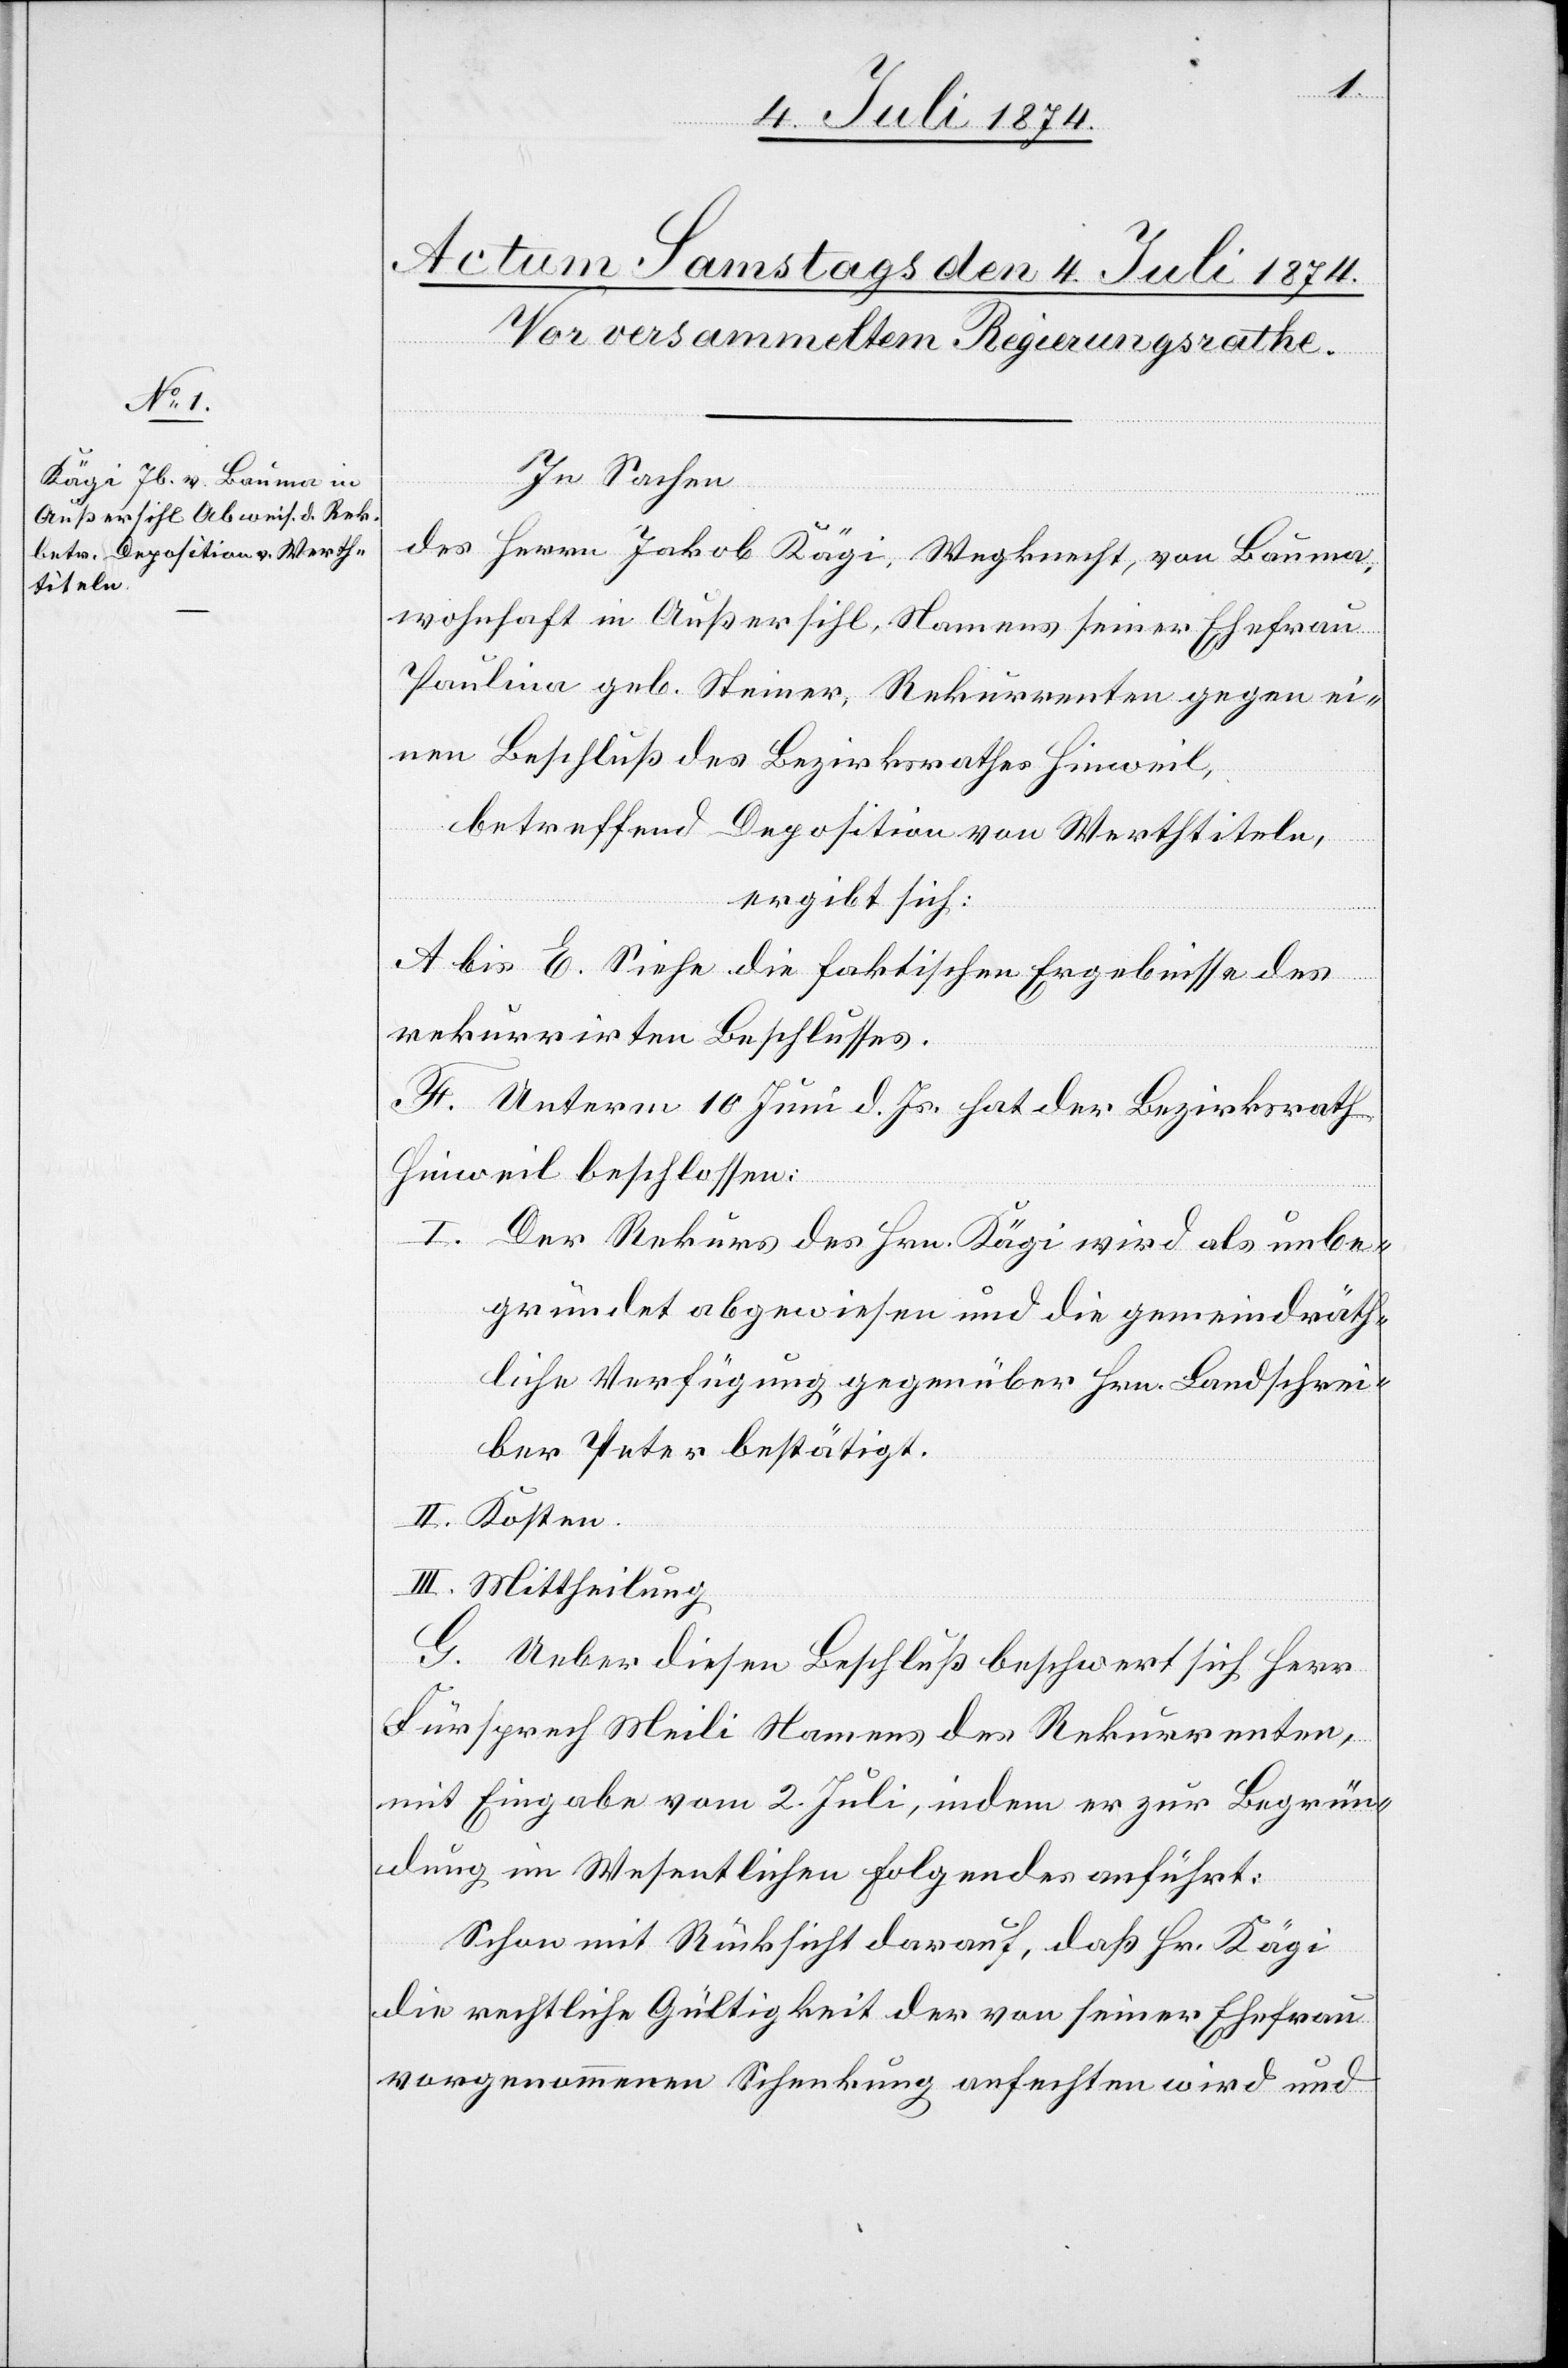
In Sachen
des Herrn Jakob Kägi, Wegknecht, von Bauma,
wohnhaft in Außersihl, Namens seiner Ehefrau
Paulina geb. Steiner, Rekurrenten gegen ei¬
nen Beschluß des Bezirksrathes Hinweil,
betreffend Deposition von Werthtiteln,
ergibt sich:
A. bis E. Siehe die faktischen Ergebnisse des
rekurrirten Beschlusses.
F. Unterm 10. Juni d. Js. hat der Bezirksrath
Hinweil beschlossen:
I. Der Rekurs des Hrn. Kägi wird als unbe¬
gründet abgewiesen und die gemeindräth¬
liche Verfügung gegenüber Hrn. Landschrei¬
ber Peter bestätigt.
II. Kosten.
III. Mittheilung.
G. Ueber diesen Beschluß beschwert sich Herr
Fürsprech Meili Namens des Rekurrenten,
mit Eingabe vom 2. Juli, indem er zur Begrün¬
dung im Wesentlichen Folgendes anführt:
Schon mit Rücksicht darauf, daß Hr. Kägi
die rechtliche Gültigkeit der von seiner Ehefrau
vorgenommenen Schenkung anfechten wird und